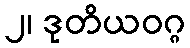
၂၊ ဒုတိယဝဂ္ဂ